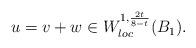
LaTeX: \begin{align*} u=v+w\in W^{1,\frac{2t}{8-t}}_{loc}(B_1). \end{align*}